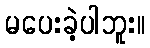
မပေးခဲ့ပါဘူး။